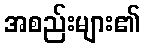
အစည်းများ၏